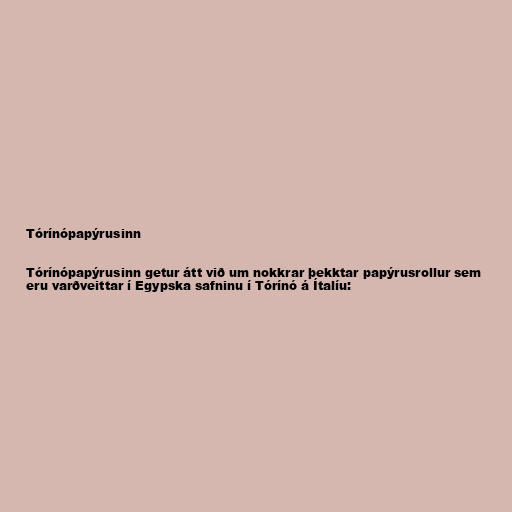
Tórínópapýrusinn

Tórínópapýrusinn getur átt við um nokkrar þekktar papýrusrollur sem
eru varðveittar í Egypska safninu í Tórínó á Ítalíu: